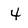
Character: 4